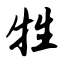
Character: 牲